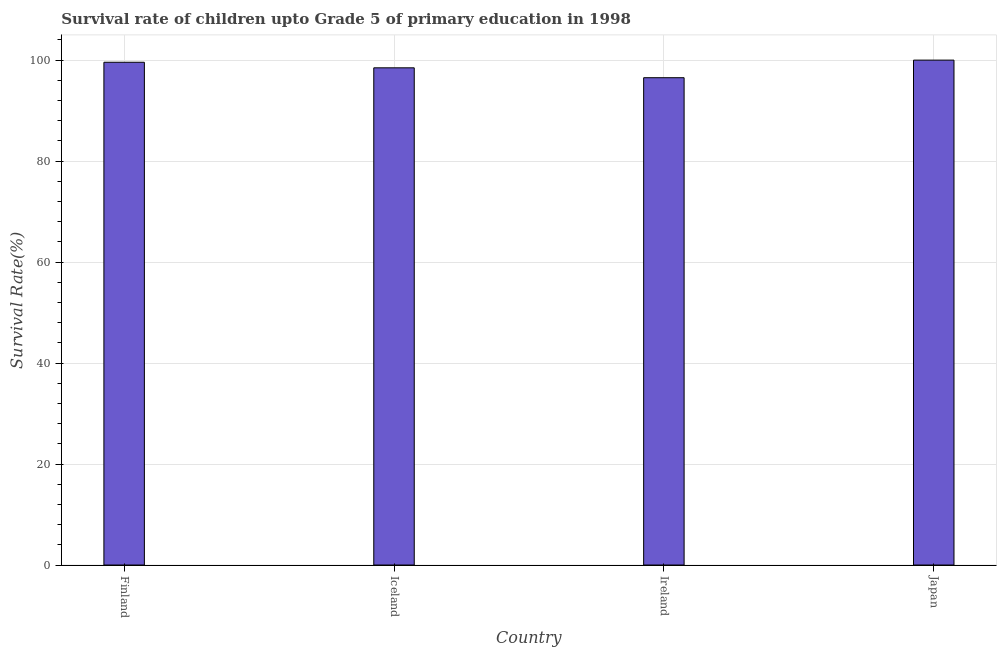
| Country | Survival rate |
 | --- | --- |
 | Finland | 99.6 |
 | Iceland | 98.5 |
 | Ireland | 96.5 |
 | Japan | 100 |